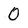
Character: O